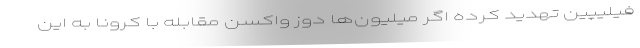
فیلیپین تهدید کرده اگر میلیون‌ها دوز واکسن مقابله با کرونا به این